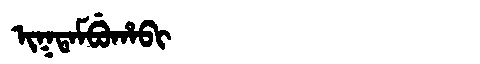
Manchu: ᡳᡴᡨᠠᠮᠪᡠᡥᠠᠪᡳ
Romanization: IKTAMBUHABI